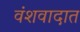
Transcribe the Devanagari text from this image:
वंशवादात